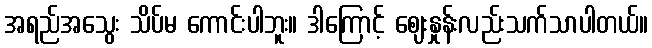
အရည်အသွေး သိပ်မ ကောင်းပါဘူး။ ဒါကြောင့် ဈေးနှုန်းလည်းသက်သာပါတယ်။